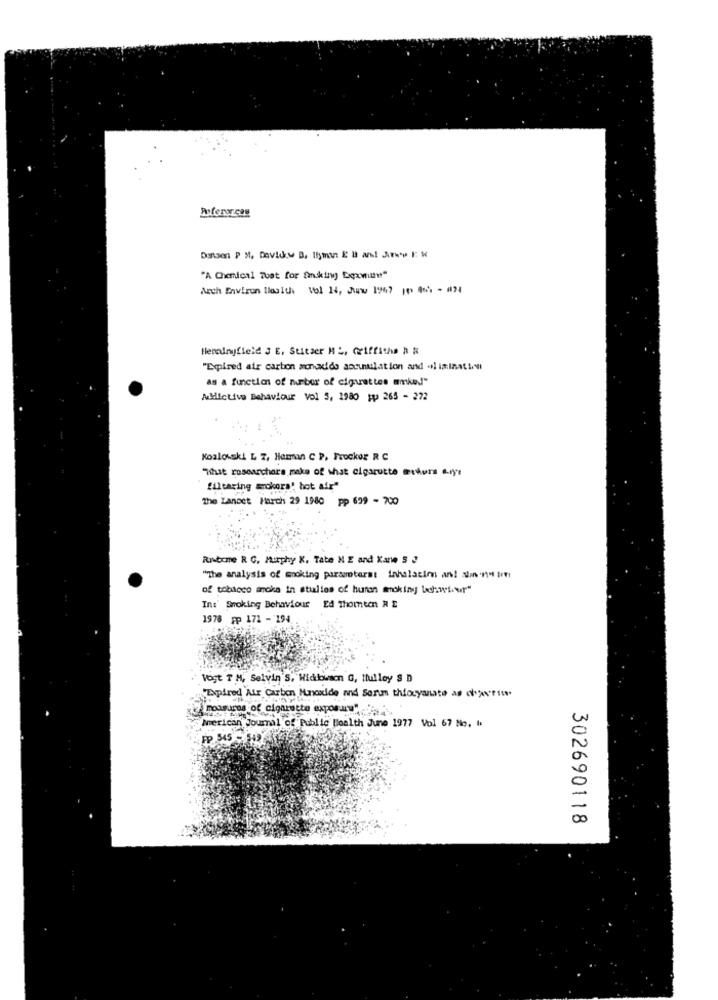
Dansen P M, Davidew B. Ilyman E B and Awww F. W
"A Chemical That for faking Exwitte"
Anch Environ Health Vol 14, Juw 1967 109 466 - 074
Herdingfield 3 E, Stitzer ML, Griffithe h R
"Empired air carbon monoxide accumulation and al is:Ination
as a function of number of cigarettes mmkey!"
Abilctive Behaviour vol 5, 1980 ;p 265 - 272
Koalowski L 7, Hamman C P. Prockor R C
"What researchers make of what cigarette actors arys
filearing sokors' hot air"
The Lancet March 29 1980 pp 699 - 700
Rutine R C. Murphy K. Tate ME and Kane 5 "
"The analysis of moking parameters: inhalatie an! sin'ny ir
of tobacco smoke in studies of human smoking Lichtsur
Ed Thomeen R 2
In:' Smoking Behaviour
1978 Fp 171 - 194
Vogt T H, Selvin'S, Wicklowson G, Itulley S D
Expired Air Carbon Mundodde and Sorun thiscyanate as cheri
Fume of cigarette exposure
Merican Journal of Public Health June 1977 Vol 67 No. "
302690118